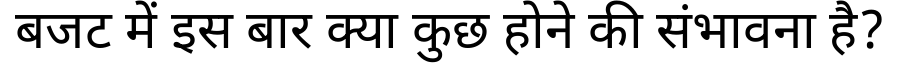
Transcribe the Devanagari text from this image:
बजट में इस बार क्या कुछ होने की संभावना है?